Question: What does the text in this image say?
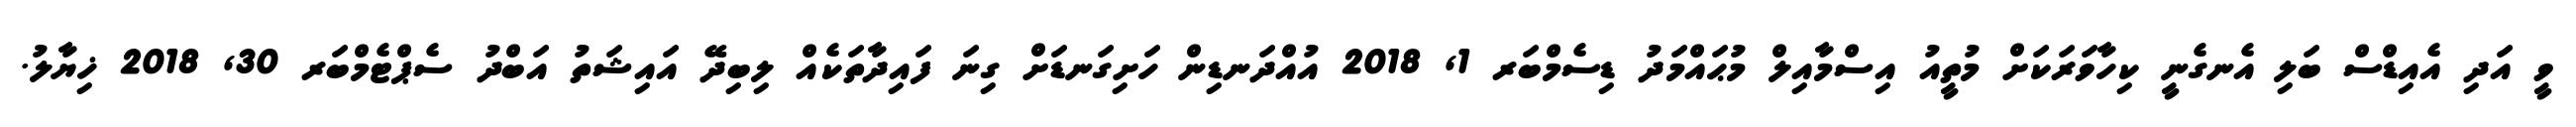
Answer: ވީ އަދި އެއިޑްސް ބަލި އެނގެނީ ކިހާވަރަކަށް މުތީއު އިސްމާއިލް މުޙައްމަދު ޑިސެމްބަރ 1, 2018 އުއްދަނޑިން ހަށިގަނޑަށް ގިނަ ފައިދާތަކެއް ލިބިދޭ އައިޝަތު އަބްދު ސެޕްޓެމްބަރ 30, 2018 ޚިޔާލު.